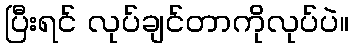
ပြီးရင် လုပ်ချင်တာကိုလုပ်ပဲ။